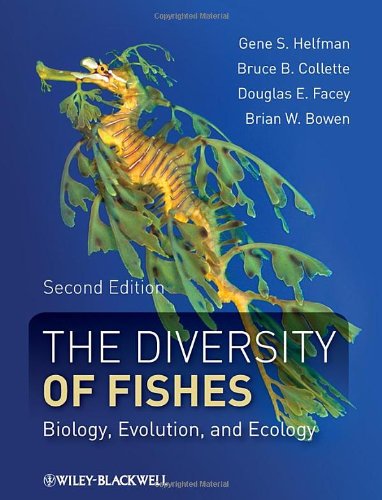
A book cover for The Diversity of Fishes: Biology, Evolution, and Ecology; Gene Helfman; Science & Math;